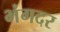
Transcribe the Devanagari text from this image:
भंगदर